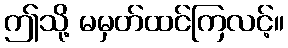
ဤသို့ မမှတ်ထင်ကြလင့်။